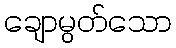
ချောမွတ်သော